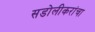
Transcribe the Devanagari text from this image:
सडोलीकरांचा